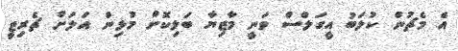
އެ މެޗުން ކުލަބު އީގަލްސް ވަނީ މާޒިޔާ ބަލިކޮށް މުޅިން އަލަށް ޗެރިޓީ